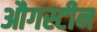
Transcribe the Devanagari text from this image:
औगस्टीन